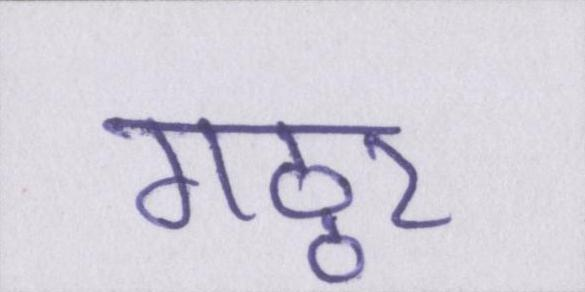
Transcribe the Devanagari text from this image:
गठ्ठर